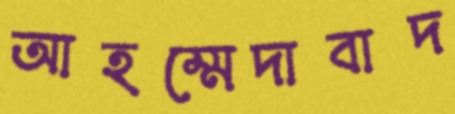
আহম্মেদাবাদ